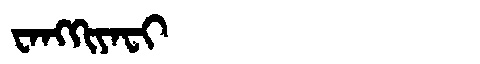
Manchu: ᠸᠠᠩᡴᡳᠶᠠᠸᡳ
Romanization: WANGKIYAFI